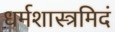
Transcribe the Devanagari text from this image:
धर्मशास्त्रमिदं